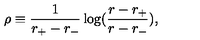
\rho \equiv \frac { 1 } { r _ { + } - r _ { - } } \log ( \frac { r - r _ { + } } { r - r _ { - } } ) ,